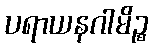
ပရာယနဂါမိဉ္စ